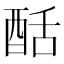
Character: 䣶